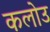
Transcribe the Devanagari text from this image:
कलोउ